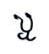
ឬ